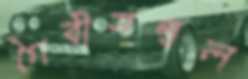
গৈবীসম্বল